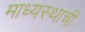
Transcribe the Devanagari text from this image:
माध्यस्थाची